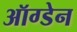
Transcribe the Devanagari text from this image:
ऑग्डेन